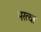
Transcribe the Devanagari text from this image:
भरत्या